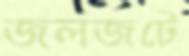
জলজটে